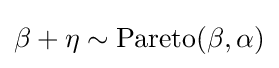
\beta +\eta \sim {\text{Pareto}}(\beta ,\alpha )